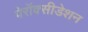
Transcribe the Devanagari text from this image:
पेरॉक्सीडेशन